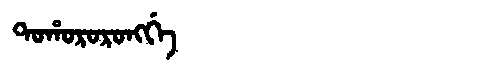
Manchu: ᡨᠣᡥᠣᡵᠣᡵᠣᠩᡤᡝ
Romanization: TOHORORONGGE